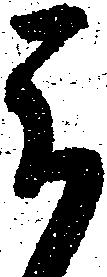
被